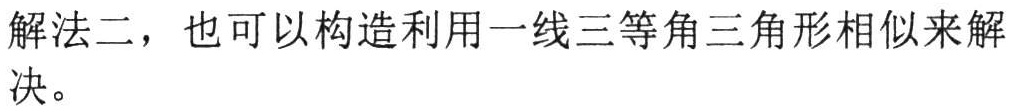
解法二，也可以构造利用一线三等角三角形相似来解决。